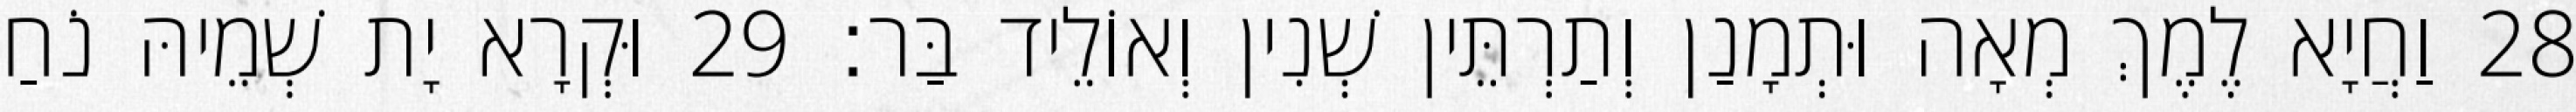
28 וַחֲיָא לֶמֶךְ מְאָה וּתְמָנַן וְתַרְתֵּין שְׁנִין וְאוֹלֵיד בַּר׃ 29 וּקְרָא יָת שְׁמֵיהּ נֹחַ